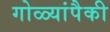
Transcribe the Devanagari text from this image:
गोळ्यांपैकी